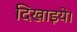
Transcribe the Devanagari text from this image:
दिखाइये।